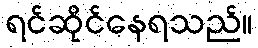
ရင်ဆိုင်နေရသည်။